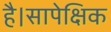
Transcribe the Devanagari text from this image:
है।सापेक्षिक